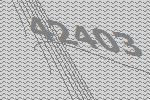
42403